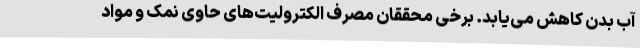
آب بدن کاهش می‌یابد. برخی محققان مصرف الکترولیت‌های حاوی نمک و مواد